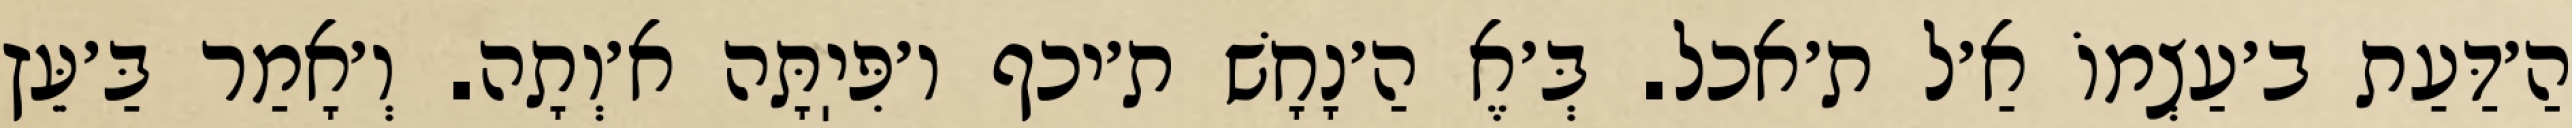
הַ׳דַּעַת ב׳עַצְמוֹ אַ׳ל ת׳אכל. בְּ׳אֶ הַ׳נָחָשׁ ת׳יכף ו׳פִּיֽתָּה א׳וְתָה. וְ׳אָמַר בַּ׳עֵּץ